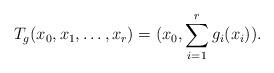
LaTeX: \begin{align*}T_g(x_0,x_1,\ldots,x_r) = (x_0,\sum_{i=1}^r g_i(x_i)).\end{align*}